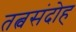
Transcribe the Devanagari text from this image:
तत्वसंदोह